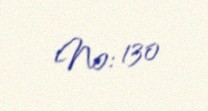
№: 130